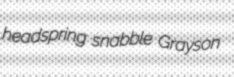
headspring snabble Grayson